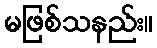
မဖြစ်သနည်း။